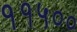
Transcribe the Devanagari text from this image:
११५००